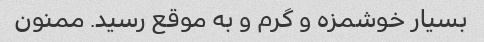
بسیار خوشمزه و گرم و به موقع رسید. ممنون